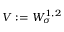
V : = W _ { \sigma } ^ { 1 , 2 }